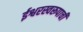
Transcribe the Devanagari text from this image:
ईश्वरस्वरूपाची